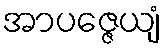
အာပဇ္ဇေယျံ